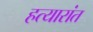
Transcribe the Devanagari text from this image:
हत्यारांत